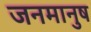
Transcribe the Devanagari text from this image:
जनमानुष